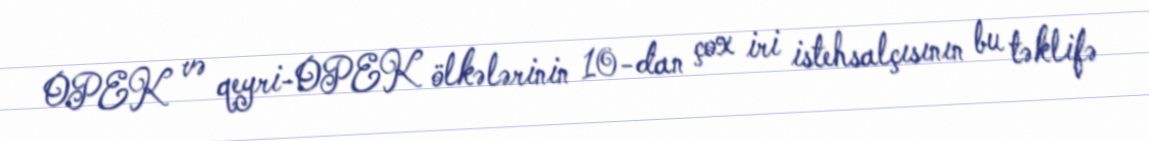
OPEK və qeyri-OPEK ölkələrinin 10-dan çox iri istehsalçısının bu təklifə